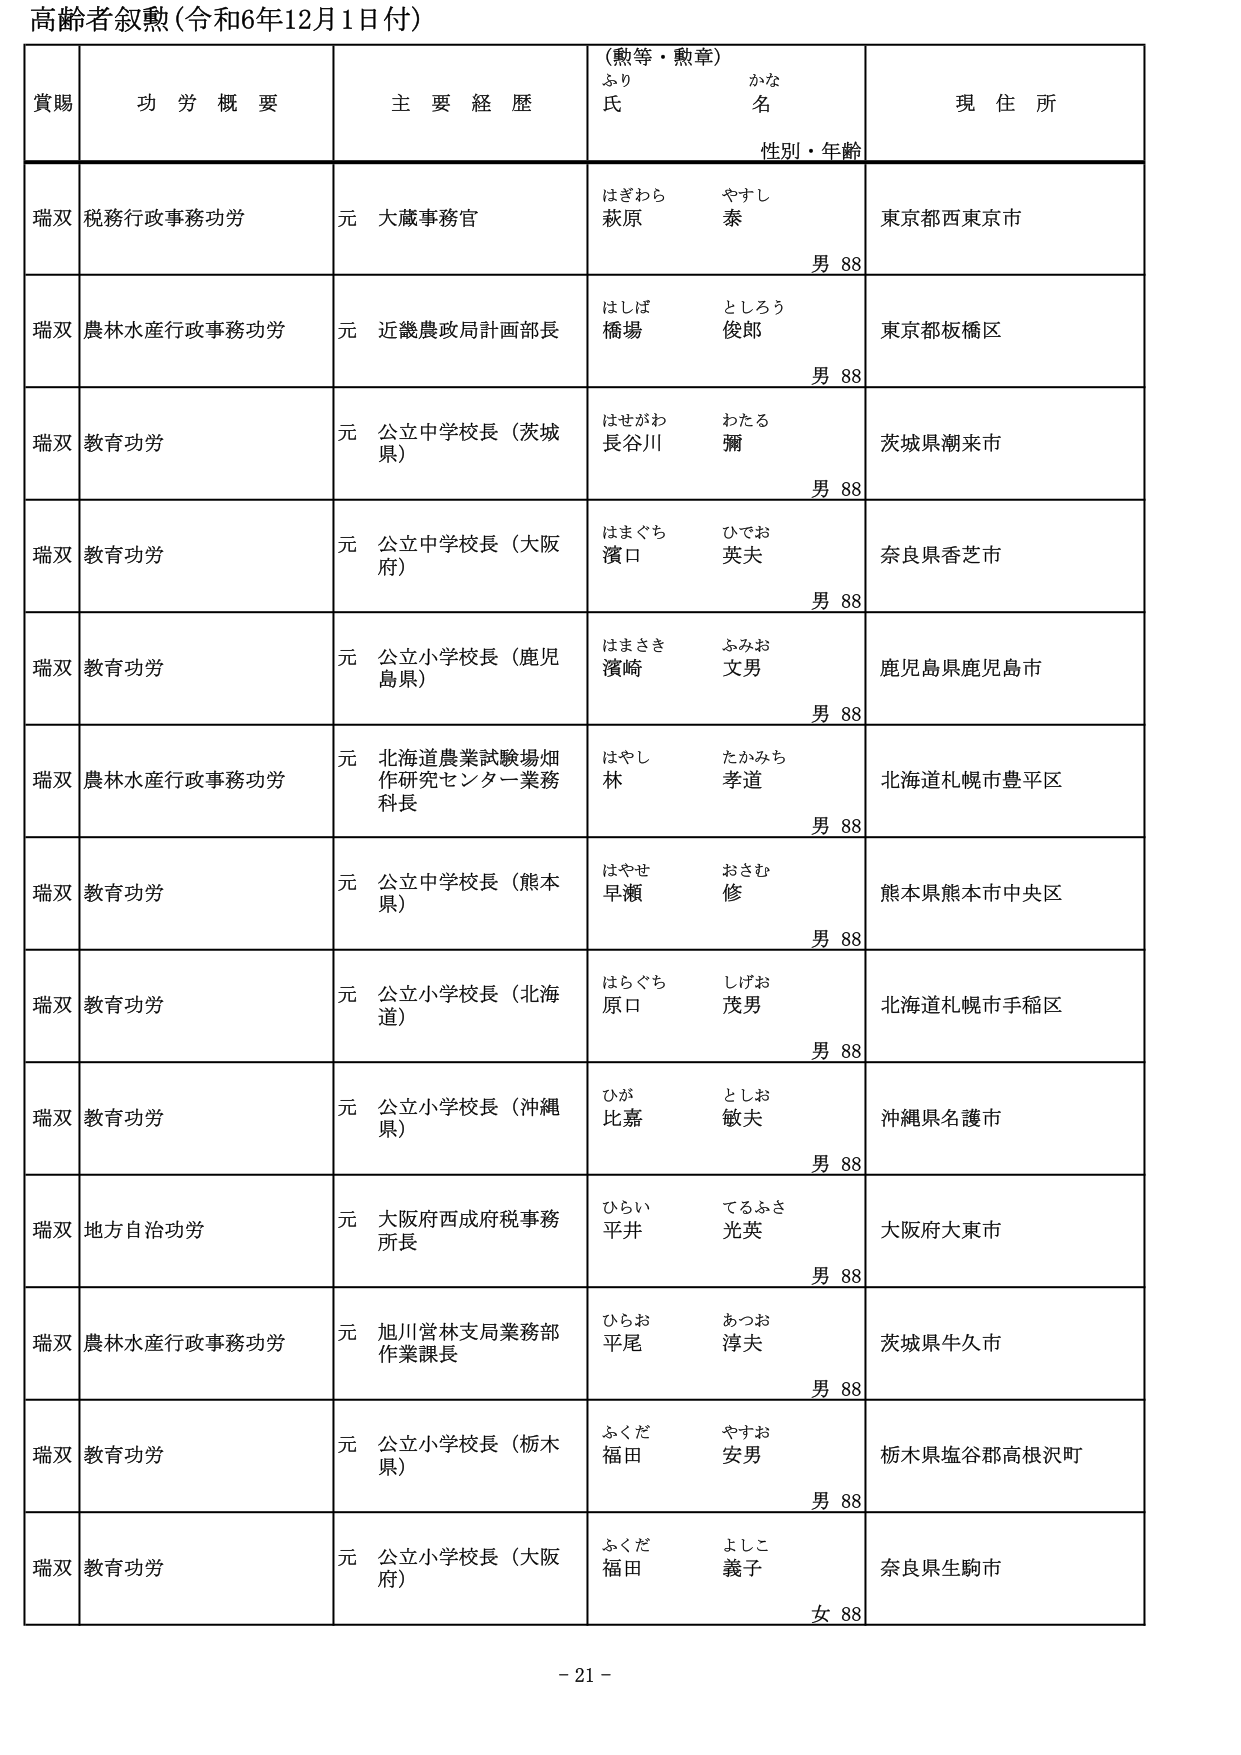
高齢者叙勲（令和6年12月1日付）

賞賜　　功労概要　　主要経歴　　（勲等・勲章）　　現住所
　　　　　　　　　　　　　　ふり　　かな
　　　　　　　　　　　　　　氏　　名
　　　　　　　　　　　　　　性別・年齢

瑞双　税務行政事務功労　　元　大蔵事務官　　はぎわら　やすし　　東京都西東京市
　　　　　　　　　　　　　　　　　　　　　　萩原　　泰　　　　　　男 88

瑞双　農林水産行政事務功労　元　近畿農政局計画部長　　はしば　としろう　　東京都板橋区
　　　　　　　　　　　　　　　　　　　　　　　　　　橋場　　俊郎　　　　男 88

瑞双　教育功労　　元　公立中学校長（茨城県）　　はせがわ　わたる　　茨城県潮来市
　　　　　　　　　　　　　　　　　　　　　　　　長谷川　　彌　　　　　　男 88

瑞双　教育功労　　元　公立中学校長（大阪府）　　はまぐち　ひでお　　奈良県香芝市
　　　　　　　　　　　　　　　　　　　　　　　　濱口　　英夫　　　　　　男 88

瑞双　教育功労　　元　公立小学校長（鹿児島県）　　はまさき　ふみお　　鹿児島県鹿児島市
　　　　　　　　　　　　　　　　　　　　　　　　濱崎　　文男　　　　　　男 88

瑞双　農林水産行政事務功労　元　北海道農業試験場畑作研究センター業務科長　　はやし　たかみち　　北海道札幌市豊平区
　　　　　　　　　　　　　　　　　　　　　　　　　　　　　　　　　　　　林　　孝道　　　　　　男 88

瑞双　教育功労　　元　公立中学校長（熊本県）　　はやせ　おさむ　　熊本県熊本市中央区
　　　　　　　　　　　　　　　　　　　　　　　　早瀬　　修　　　　　　男 88

瑞双　教育功労　　元　公立小学校長（北海道）　　はらぐち　しげお　　北海道札幌市手稲区
　　　　　　　　　　　　　　　　　　　　　　　　原口　　茂男　　　　　　男 88

瑞双　教育功労　　元　公立小学校長（沖縄県）　　ひが　としお　　沖縄県名護市
　　　　　　　　　　　　　　　　　　　　　　　　比嘉　　敏夫　　　　　　男 88

瑞双　地方自治功労　　元　大阪府西成府税事務所長　　ひらい　てるふさ　　大阪府大東市
　　　　　　　　　　　　　　　　　　　　　　　　　　平井　　光英　　　　　　男 88

瑞双　農林水産行政事務功労　元　旭川営林支局業務部作業課長　　ひらお　あつお　　茨城県牛久市
　　　　　　　　　　　　　　　　　　　　　　　　　　　　　　平尾　　淳夫　　　　　　男 88

瑞双　教育功労　　元　公立小学校長（栃木県）　　ふくだ　やすお　　栃木県塩谷郡高根沢町
　　　　　　　　　　　　　　　　　　　　　　　　福田　　安男　　　　　　男 88

瑞双　教育功労　　元　公立小学校長（大阪府）　　ふくだ　よしこ　　奈良県生駒市
　　　　　　　　　　　　　　　　　　　　　　　　福田　　義子　　　　　　女 88

- 21 -